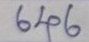
646